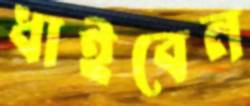
ধাইবেন